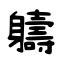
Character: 軇